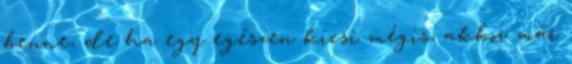
benne, de ha egy egészen kicsi mégis, akkor már